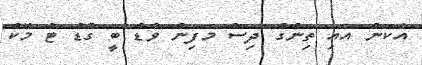
އެކަން އައި ތިންގް ދިސް މަފިން ވުޑް ބީ ގުޑް ޓު މޭކް